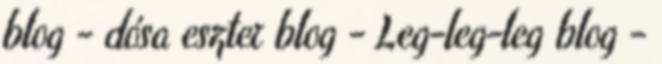
blog - dósa eszter blog - Leg-leg-leg blog -